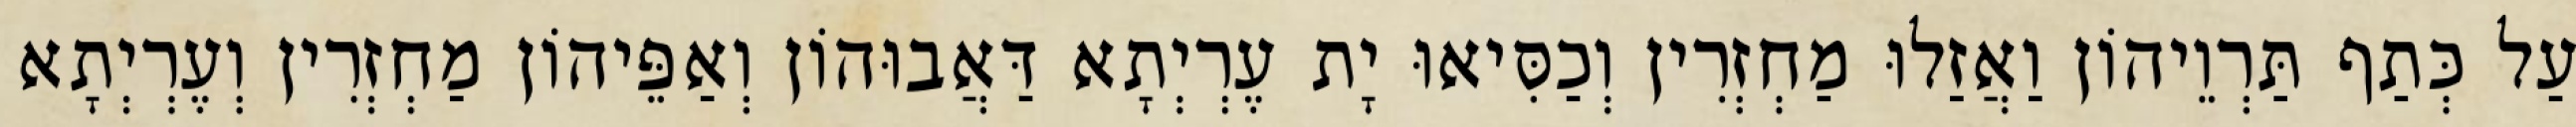
עַל כְּתַף תַּרְוֵיהוֹן וַאֲזַלוּ מַחְזְרִין וְכַסִּיאוּ יָת עֶרְיְתָא דַּאֲבוּהוֹן וְאַפֵּיהוֹן מַחְזְרִין וְעֶרְיְתָא